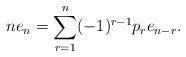
LaTeX: \begin{align*}{}ne_n=\sum_{r=1}^n (-1)^{r-1}p_re_{n-r}.\end{align*}